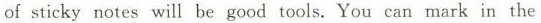
of sticky notes will be good tools. You can mark in the